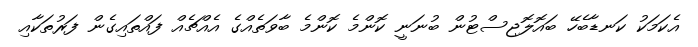
އެކަމަކު ކަނޑާބެހޭ ބައޮލޮޖިސްޓުން ބުނަނީ ކޮންމެ ކޮންމެ ބާވަތެއްގެ އެއްޗެއް ފައްތައިގެން ފަރުތަކާއި